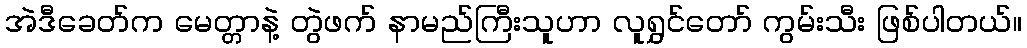
အဲဒီခေတ်က မေတ္တာနဲ့ တွဲဖက် နာမည်ကြီးသူဟာ လူရွှင်တော် ကွမ်းသီး ဖြစ်ပါတယ်။